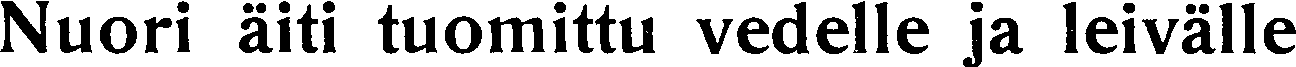
Nuori äiti tuomittu vedelle ja leivälle